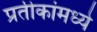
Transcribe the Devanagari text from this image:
प्रतीकांमध्ये